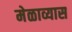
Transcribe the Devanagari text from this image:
मेळाव्यास